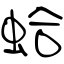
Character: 蛤